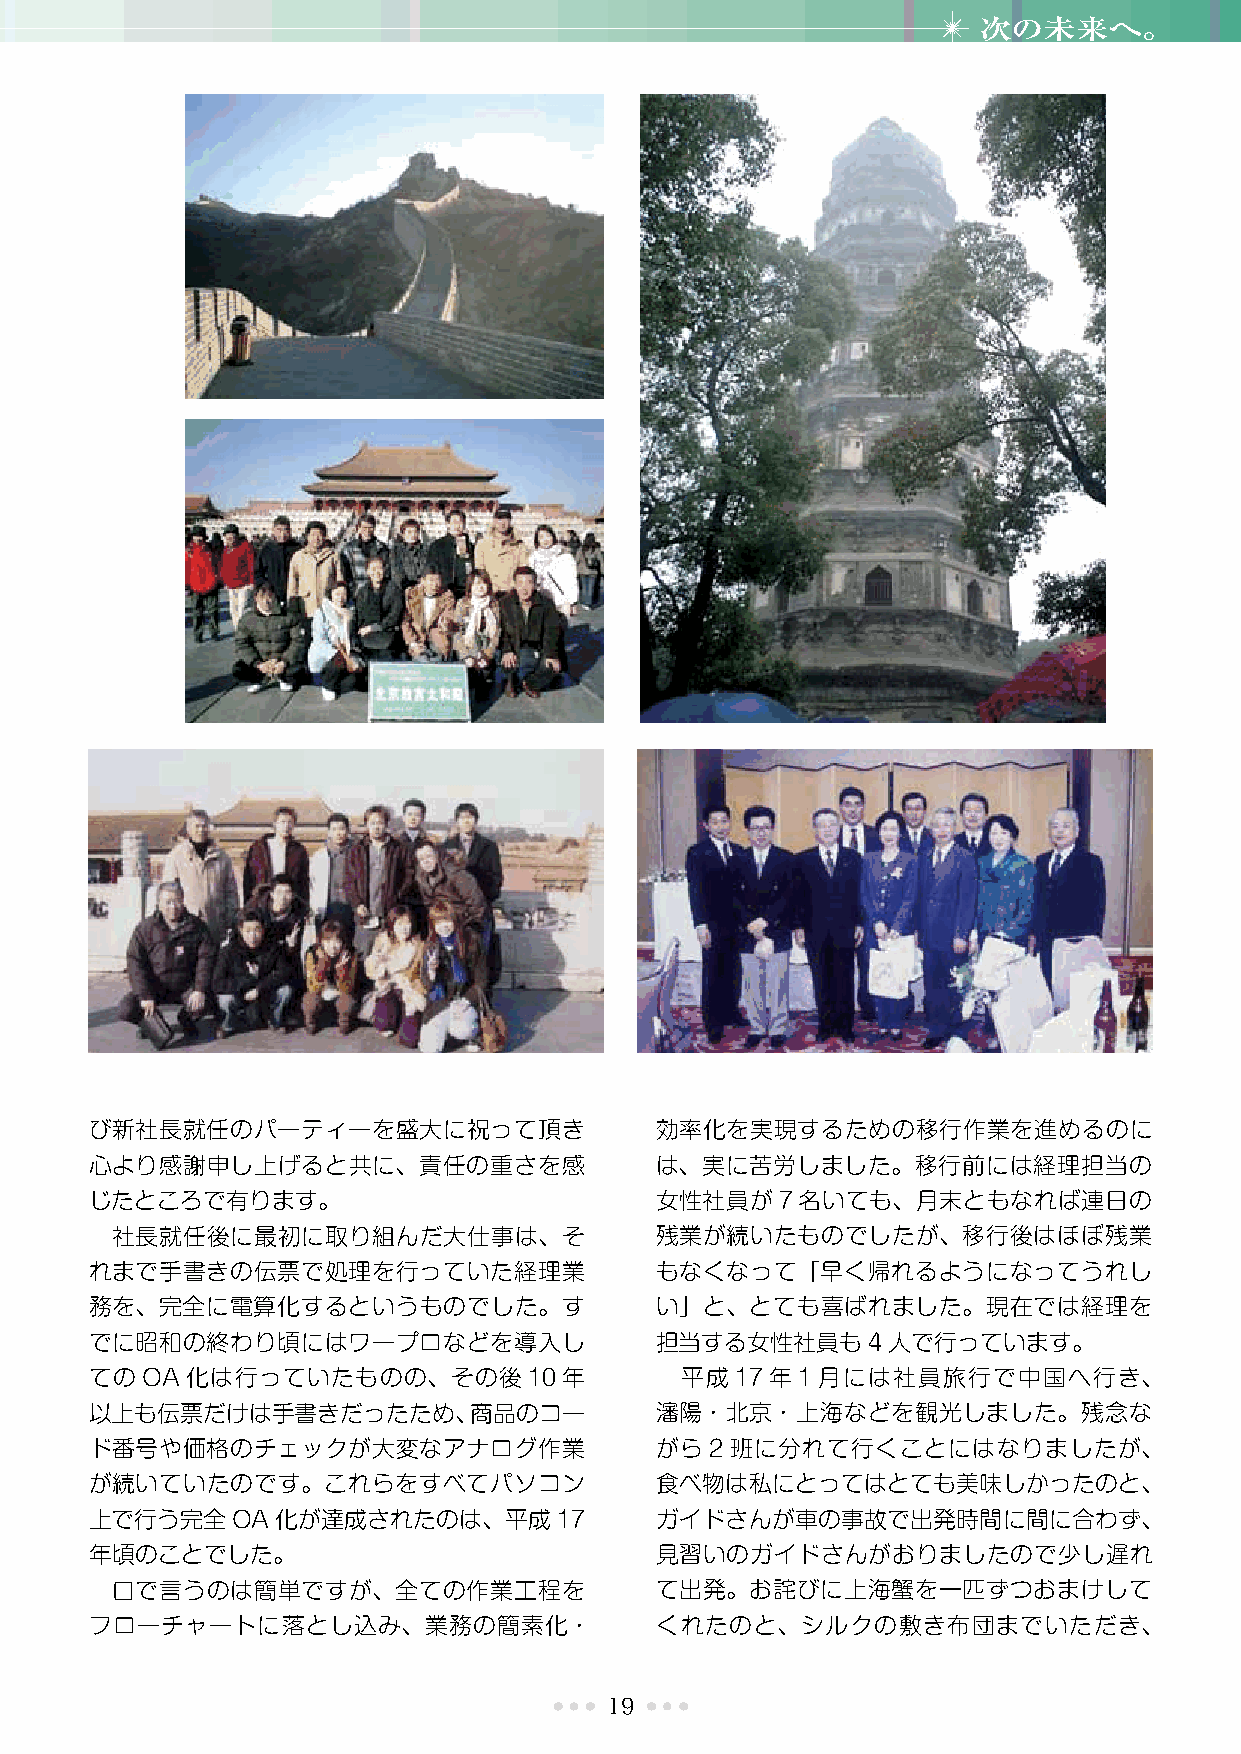
次の未来へ。
 び新社長就任のパーティーを盛大に祝って頂き                効率化を実現するための移行作業を進めるのに
 心より感謝申し上げると共に、責任の重さを感                は、実に苦労しました。移行前には経理担当の
 じたところで有ります。                          女性社員が7名いても、月末ともなれば連日の
 社長就任後に最初に取り組んだ大仕事は、そ                残業が続いたものでしたが、移行後はほぼ残業
 れまで手書きの伝票で処理を行っていた経理業                もなくなって「早く帰れるようになってうれし
 務を、完全に電算化するというものでした。す                い」と、とても喜ばれました。現在では経理を
 でに昭和の終わり頃にはワープロなどを導入し                担当する女性社員も4人で行っています。
 てのOA化は行っていたものの、その後10年                  平成17年1月には社員旅行で中国へ行き、
 以上も伝票だけは手書きだったため、商品のコー               瀋陽・北京・上海などを観光しました。残念な
 ド番号や価格のチェックが大変なアナログ作業                がら2班に分れて行くことにはなりましたが、
 が続いていたのです。これらをすべてパソコン                食べ物は私にとってはとても美味しかったのと、
 上で行う完全OA化が達成されたのは、平成17               ガイドさんが車の事故で出発時間に間に合わず、
 年頃のことでした。                            見習いのガイドさんがおりましたので少し遅れ
 口で言うのは簡単ですが、全ての作業工程を                て出発。お詫びに上海蟹を一匹ずつおまけして
 フローチャートに落とし込み、業務の簡素化・                くれたのと、シルクの敷き布団までいただき、
 19